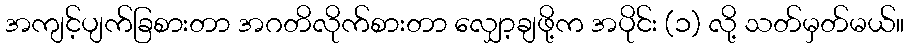
အကျင့်ပျက်ခြစားတာ အဂတိလိုက်စားတာ လျှော့ချဖို့က အပိုင်း (၁) လို့ သတ်မှတ်မယ်။